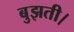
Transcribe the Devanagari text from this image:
बुझती।